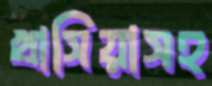
খাসিয়াসহ